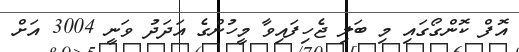
އޮފް ކޮންގޯގައި މި ބަލި ޖެހިފައިވާ މީހުންގެ އަދަދު ވަނީ 3004 އަށް